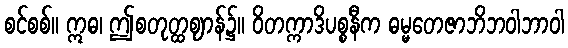
စင်စစ်။ ဣဓ၊ ဤစတုတ္ထဈာန်၌။ ဝိတက္ကာဒိပစ္စနီက ဓမ္မတေဇာဘိဘဝါဘာဝါ